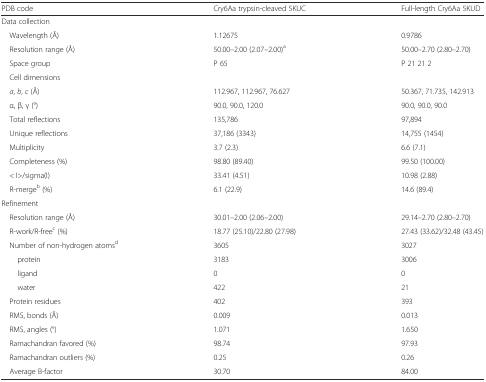
<table><thead><tr><td><b>PDB code</b></td><td><b>Cry6Aa trypsin-cleaved 5KUC</b></td><td><b>Full-length Cry6Aa 5KUD</b></td></tr></thead><tbody><tr><td colspan="3">Data collection</td></tr><tr><td> Wavelength (Å)</td><td>1.12675</td><td>0.9786</td></tr><tr><td> Resolution range (Å)</td><td>50.00–2.00 (2.07–2.00)<sup>a</sup></td><td>50.00–2.70 (2.80–2.70)</td></tr><tr><td> Space group</td><td>P 65</td><td>P 21 21 2</td></tr><tr><td colspan="3"> Cell dimensions</td></tr><tr><td> <i>a</i>, <i>b</i>, <i>c</i> (Å)</td><td>112.967, 112.967, 76.627</td><td>50.367, 71.735, 142.913</td></tr><tr><td> α, β, γ (°)</td><td>90.0, 90.0, 120.0</td><td>90.0, 90.0, 90.0</td></tr><tr><td> Total reflections</td><td>135,786</td><td>97,894</td></tr><tr><td> Unique reflections</td><td>37,186 (3343)</td><td>14,755 (1454)</td></tr><tr><td> Multiplicity</td><td>3.7 (2.3)</td><td>6.6 (7.1)</td></tr><tr><td> Completeness (%)</td><td>98.80 (89.40)</td><td>99.50 (100.00)</td></tr><tr><td> &lt; I&gt;/sigma(I)</td><td>33.41 (4.51)</td><td>10.98 (2.88)</td></tr><tr><td> R-merge<sup>b</sup> (%)</td><td>6.1 (22.9)</td><td>14.6 (89.4)</td></tr><tr><td colspan="3">Refinement</td></tr><tr><td> Resolution range (Å)</td><td>30.01–2.00 (2.06–2.00)</td><td>29.14–2.70 (2.80–2.70)</td></tr><tr><td> R-work/R-free<sup>c</sup> (%)</td><td>18.77 (25.10)/22.80 (27.98)</td><td>27.43 (33.62)/32.48 (43.45)</td></tr><tr><td> Number of non-hydrogen atoms<sup>d</sup></td><td>3605</td><td>3027</td></tr><tr><td>protein</td><td>3183</td><td>3006</td></tr><tr><td>ligand</td><td>0</td><td>0</td></tr><tr><td>water</td><td>422</td><td>21</td></tr><tr><td> Protein residues</td><td>402</td><td>393</td></tr><tr><td> RMS, bonds (Å)</td><td>0.009</td><td>0.013</td></tr><tr><td> RMS, angles (°)</td><td>1.071</td><td>1.650</td></tr><tr><td> Ramachandran favored (%)</td><td>98.74</td><td>97.93</td></tr><tr><td> Ramachandran outliers (%)</td><td>0.25</td><td>0.26</td></tr><tr><td> Average B-factor</td><td>30.70</td><td>84.00</td></tr></tbody></table>